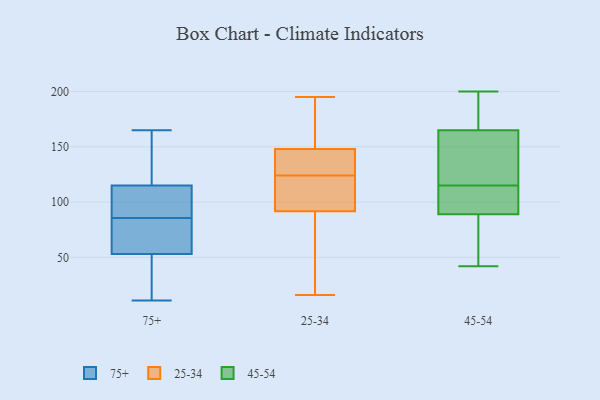
{"axis": {"x": "Demand Index", "y": "Value"}, "legend": ["25-34", "45-54", "75+"], "data": [{"x": "", "y": 75, "type": "75+"}, {"x": "", "y": 53, "type": "75+"}, {"x": "", "y": 115, "type": "75+"}, {"x": "", "y": 23, "type": "75+"}, {"x": "", "y": 163, "type": "75+"}, {"x": "", "y": 72, "type": "75+"}, {"x": "", "y": 165, "type": "75+"}, {"x": "", "y": 106, "type": "75+"}, {"x": "", "y": 96, "type": "75+"}, {"x": "", "y": 11, "type": "75+"}, {"x": "", "y": 101, "type": "25-34"}, {"x": "", "y": 138, "type": "25-34"}, {"x": "", "y": 124, "type": "25-34"}, {"x": "", "y": 48, "type": "25-34"}, {"x": "", "y": 94, "type": "25-34"}, {"x": "", "y": 95, "type": "25-34"}, {"x": "", "y": 158, "type": "25-34"}, {"x": "", "y": 146, "type": "25-34"}, {"x": "", "y": 85, "type": "25-34"}, {"x": "", "y": 29, "type": "25-34"}, {"x": "", "y": 145, "type": "25-34"}, {"x": "", "y": 154, "type": "25-34"}, {"x": "", "y": 16, "type": "25-34"}, {"x": "", "y": 139, "type": "25-34"}, {"x": "", "y": 195, "type": "25-34"}, {"x": "", "y": 186, "type": "25-34"}, {"x": "", "y": 94, "type": "25-34"}, {"x": "", "y": 200, "type": "45-54"}, {"x": "", "y": 165, "type": "45-54"}, {"x": "", "y": 113, "type": "45-54"}, {"x": "", "y": 42, "type": "45-54"}, {"x": "", "y": 122, "type": "45-54"}, {"x": "", "y": 166, "type": "45-54"}, {"x": "", "y": 103, "type": "45-54"}, {"x": "", "y": 104, "type": "45-54"}, {"x": "", "y": 136, "type": "45-54"}, {"x": "", "y": 70, "type": "45-54"}, {"x": "", "y": 115, "type": "45-54"}, {"x": "", "y": 89, "type": "45-54"}, {"x": "", "y": 88, "type": "45-54"}, {"x": "", "y": 192, "type": "45-54"}, {"x": "", "y": 150, "type": "45-54"}, {"x": "", "y": 115, "type": "45-54"}, {"x": "", "y": 196, "type": "45-54"}, {"x": "", "y": 65, "type": "45-54"}]}